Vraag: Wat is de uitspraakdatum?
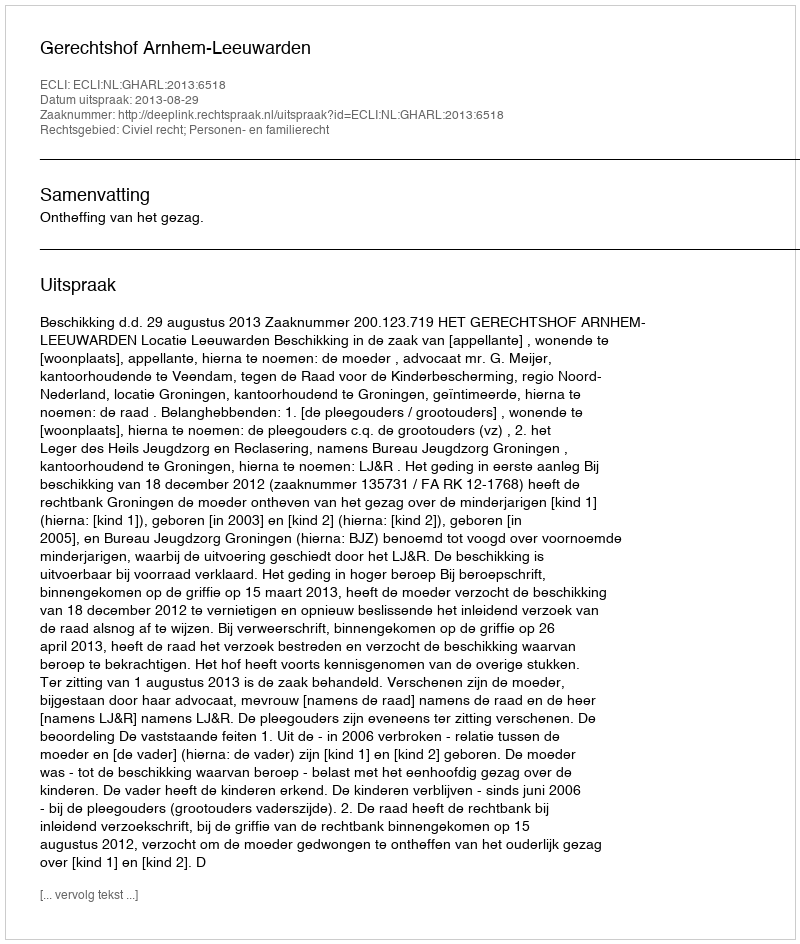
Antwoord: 2013-08-29